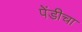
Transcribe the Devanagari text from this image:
पेंडीचा